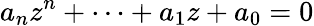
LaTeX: a_{n}z^{n}+\dotsb+a_{1}z+a_{0}=0